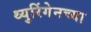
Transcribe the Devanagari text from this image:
थ्युरिंगेनच्या